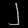
Digit: ၂